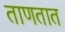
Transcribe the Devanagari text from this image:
ताणतात